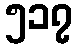
၅၁၇